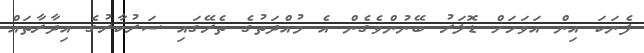
ފެނަކަ އިން އަވަހަށް ޑޮލަރު ބޭނުންވެގެން އެ މުއްދަތުގެ ތެރޭގައި ސަރުކާރުގެ އިދާރާތައް